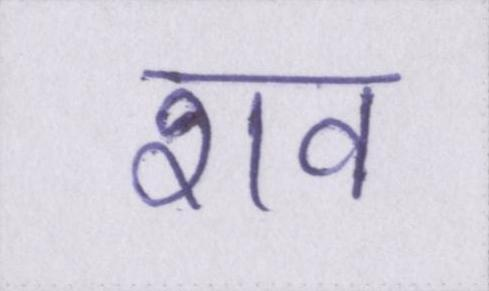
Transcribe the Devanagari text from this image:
शव